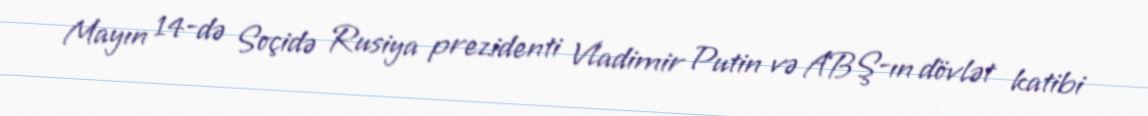
Mayın 14-də Soçidə Rusiya prezidenti Vladimir Putin və ABŞ-ın dövlət katibi